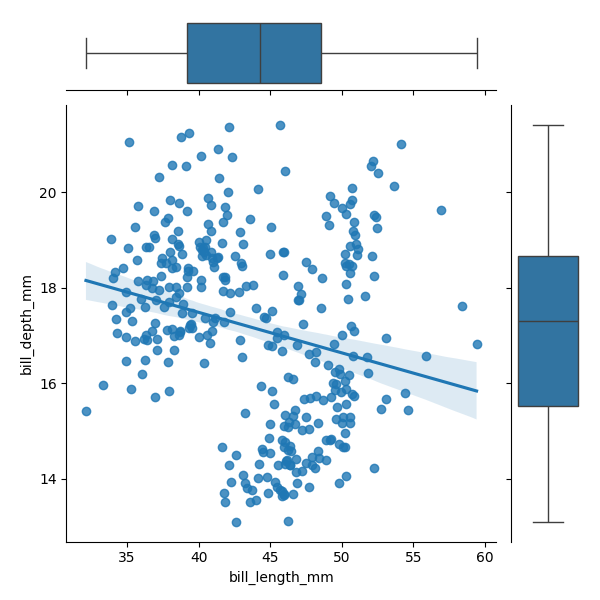
python, seaborn, JointGrid, regplot, boxplot